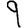
Digit: 9